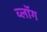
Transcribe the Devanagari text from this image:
व्लॉग